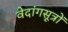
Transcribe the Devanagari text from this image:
वेदांगसूत्रों